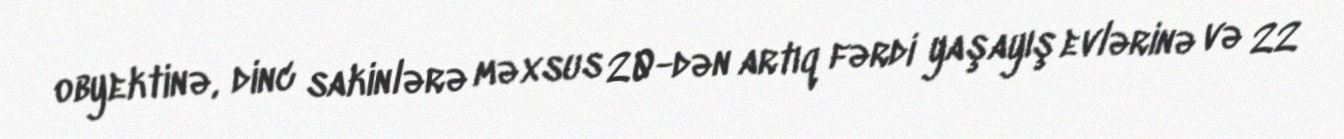
obyektinə, dinc sakinlərə məxsus 20-dən artıq fərdi yaşayış evlərinə və 22